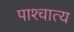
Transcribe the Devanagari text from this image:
पाश्‍चात्‍य